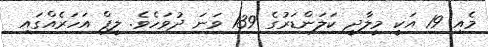
މެއި 19 އަކީ މީލާދީ ކަލަންޑަރުގެ 139 ވަނަ ދުވަހެވެ. ލީޕް އަހަރެއްގައި